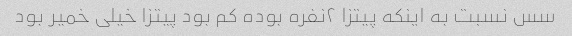
سس نسبت به اینکه پیتزا ۲نفره بوده کم بود پیتزا خیلی خمیر بود